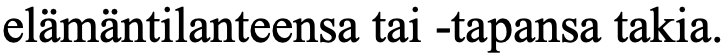
elämäntilanteensa tai -tapansa takia.